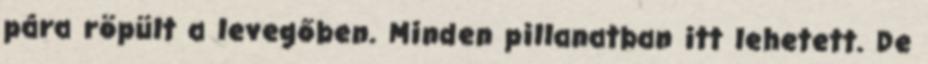
pára röpült a levegőben. Minden pillanatban itt lehetett. De